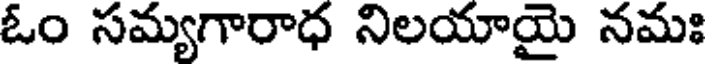
ఓం సమ్యగారాధ నిలయాయై నమః